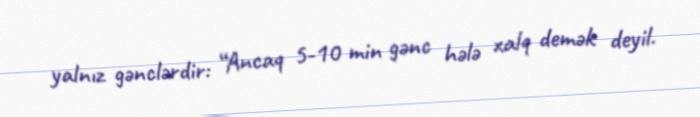
yalnız gənclərdir: “Ancaq 5-10 min gənc hələ xalq demək deyil.